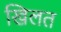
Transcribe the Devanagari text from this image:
खिलत